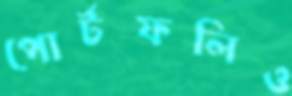
পোর্টফলিও